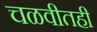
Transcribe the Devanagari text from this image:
चळवीतही